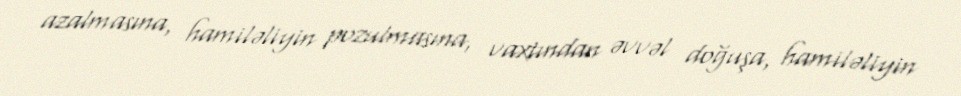
azalmasına, hamiləliyin pozulmasına, vaxtından əvvəl doğuşa, hamiləliyin